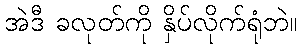
အဲဒီ ခလုတ်ကို နှိပ်လိုက်ရုံဘဲ။